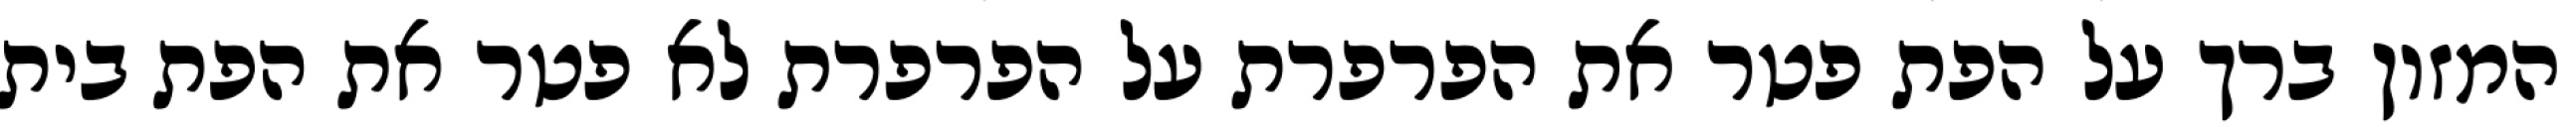
המזון ברך על הפת פטר את הפרפרת על הפרפרת לא פטר את הפת בית